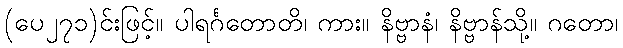
(ပေ၂၇၁)င်းဖြင့်။ ပါရင်္ဂတောတိ၊ ကား။ နိဗ္ဗာနံ၊ နိဗ္ဗာန်သို့။ ဂတော၊